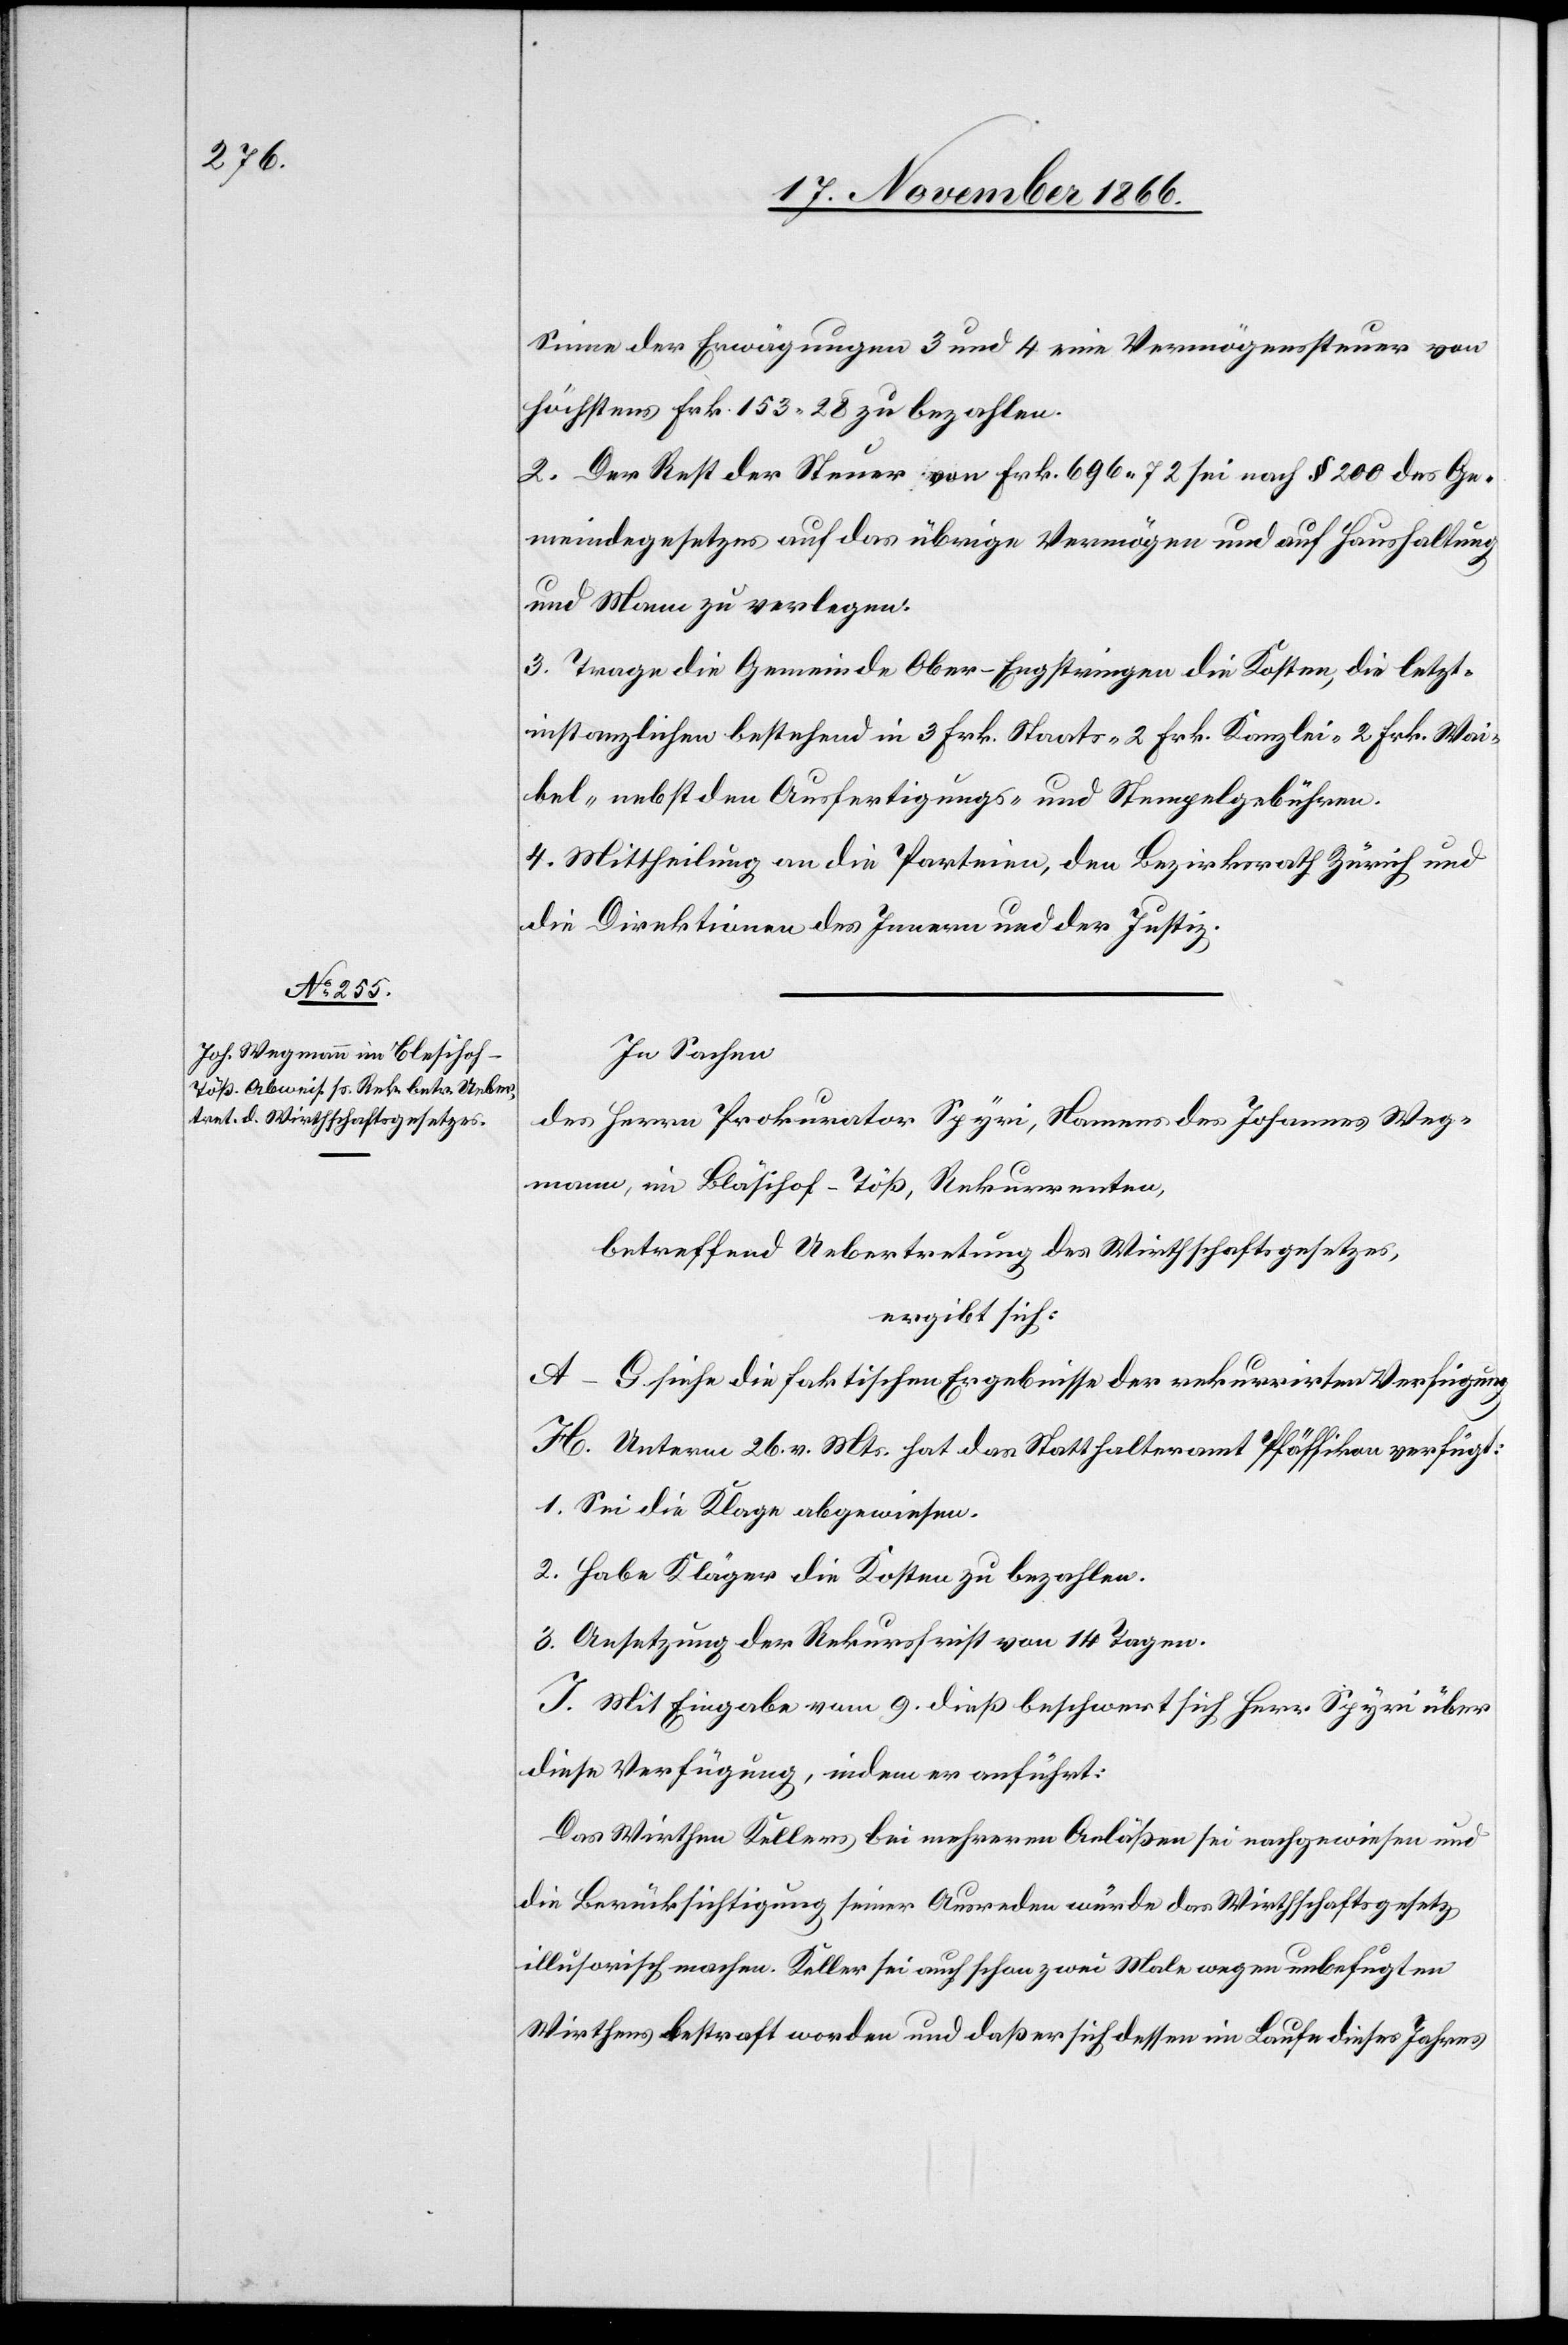
Sinne der Erwägungen 3 und 4 eine Vermögenssteuer von
höchstens Frk. 153.28 zu bezahlen.
2. Der Rest der Steuer von Frk. 696.72 sei nach § 200 des Ge¬
meindegesetzes auf das übrige Vermögen und auf Haushaltung
und Mann zu verlegen.
3. Trage die Gemeinde Ober-Engstringen die Kosten, die letzt¬
instanzlichen bestehend in 3 Frk. Staats- 2 Frk. Kanzlei, 2 Frk. Wai¬
bel- nebst den Ausfertigungs- und Stempelgebühren.
4. Mittheilung an die Parteien, den Bezirksrath Zürich und
die Direktionen des Innern und der Justiz.
In Sachen
des Herrn Prokurator Spyri, Namens des Johannes Weg¬
mann, im Bläsihof [sic!]-Töß, Rekurrenten,
betreffend Uebertretung des Wirthschaftsgesetzes,
ergibt sich:
A–G siehe die faktischen Ergebnisse der rekurrirten Verfügung.
H. Unterm 26. v. Mts. hat das Statthalteramt Pfäffikon verfügt:
1. Sei die Klage abgewiesen.
2. Habe Kläger die Kosten zu bezahlen.
3. Ansetzung der Rekursfrist von 14 Tagen.
I. Mit Eingabe vom 9. dieß beschwert sich Herr Spyri über
diese Verfügung, indem er anführt:
Das Wirthen Kellers bei mehreren Anläßen sei nachgewiesen und
die Berücksichtigung seiner Ausreden würde das Wirthschaftsgesetz
illusorisch machen. Keller sei auch schon zwei Male wegen unbefugten
Wirthens bestraft worden und daß er sich dessen im Laufe dieses Jahres